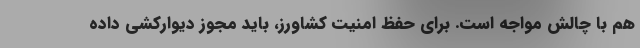
هم با چالش مواجه است. برای حفظ امنیت کشاورز، باید مجوز دیوارکشی داده